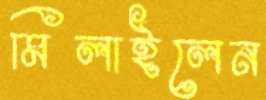
মিলাইলেন